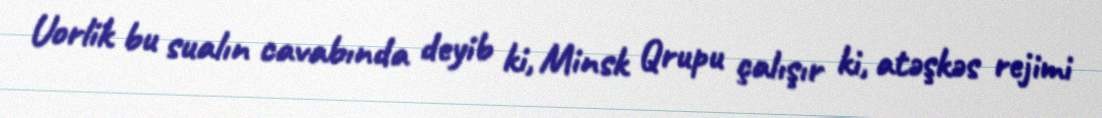
Uorlik bu sualın cavabında deyib ki, Minsk Qrupu çalışır ki, atəşkəs rejimi